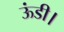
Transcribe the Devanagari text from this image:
ऊंडी।